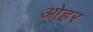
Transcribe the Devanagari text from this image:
ओहर